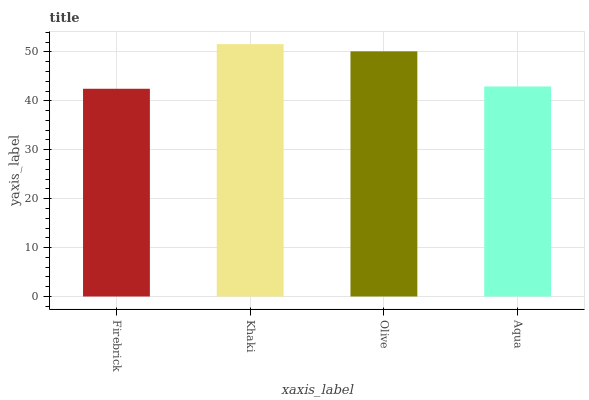
| xaxis_label | bars |
 | --- | --- |
 | Firebrick | 42.5 |
 | Khaki | 51.6 |
 | Olive | 50.1 |
 | Aqua | 42.9 |